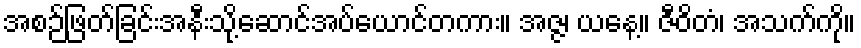
အစဉ်ဖြတ်ခြင်းအနီးသို့ဆောင်အပ်ယောင်တကား။ အဇ္ဇ၊ ယနေ့။ ဇီဝိတံ၊ အသက်ကို။